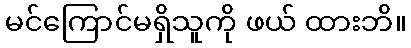
မင်ကြောင်မရှိသူကို ဖယ် ထားဘိ။